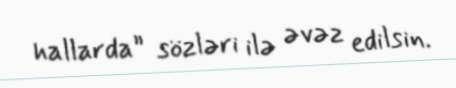
hallarda” sözləri ilə əvəz edilsin.